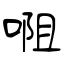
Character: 唨